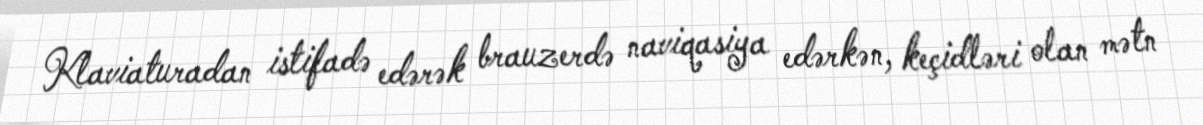
Klaviaturadan istifadə edərək brauzerdə naviqasiya edərkən, keçidləri olan mətn